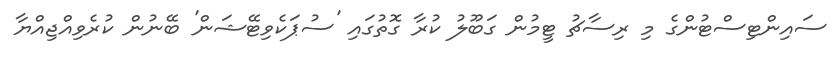
ސައިންޓިސްޓުންގެ މި ރިސާޗު ޓީމުން ގަބޫލު ކުރާ ގޮތުގައި 'ސުޕަކެވިޓޭޝަން' ބޭނުން ކުރެވިއްޖިއްޔާ